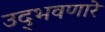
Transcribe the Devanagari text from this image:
उद्‌भवणारे